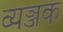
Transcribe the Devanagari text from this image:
व्यञ्जक